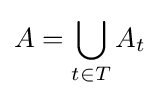
A=\bigcup _{t\in T}A_{t}